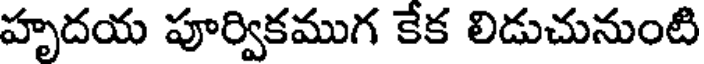
హృదయ పూర్వికముగ కేక లిడుచునుంటి